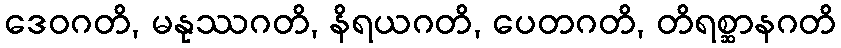
ဒေဝဂတိ, မနုဿဂတိ, နိရယဂတိ, ပေတဂတိ, တိရစ္ဆာနဂတိ